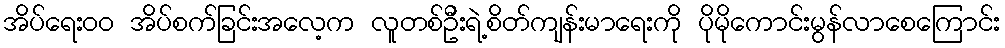
အိပ်ရေးဝဝ အိပ်စက်ခြင်းအလေ့က လူတစ်ဦးရဲ့စိတ်ကျန်းမာရေးကို ပိုမိုကောင်းမွန်လာစေကြောင်း